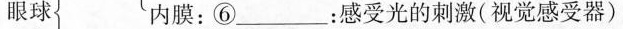
眼球 内膜：⑥___：感受光的刺激(视觉感受器)